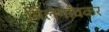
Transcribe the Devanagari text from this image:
पिलगाँवकर